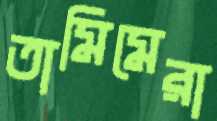
তামিমেরা